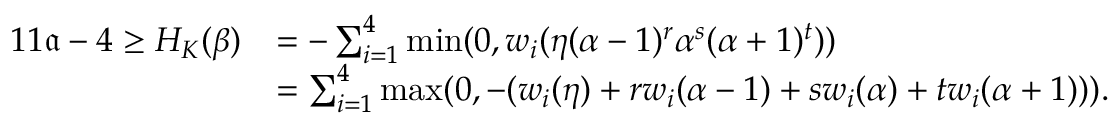
\begin{array} { r l } { 1 1 { \mathfrak a } - 4 \geq H _ { K } ( \beta ) } & { = - \sum _ { i = 1 } ^ { 4 } \operatorname* { m i n } ( 0 , w _ { i } ( \eta ( \alpha - 1 ) ^ { r } \alpha ^ { s } ( \alpha + 1 ) ^ { t } ) ) } \\ & { = \sum _ { i = 1 } ^ { 4 } \operatorname* { m a x } ( 0 , - ( w _ { i } ( \eta ) + r w _ { i } ( \alpha - 1 ) + s w _ { i } ( \alpha ) + t w _ { i } ( \alpha + 1 ) ) ) . } \end{array}